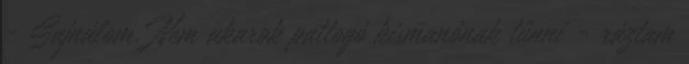
- Sajnálom. Nem akarok pattogó kismanónak tűnni - ráztam